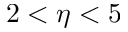
2 < \eta < 5